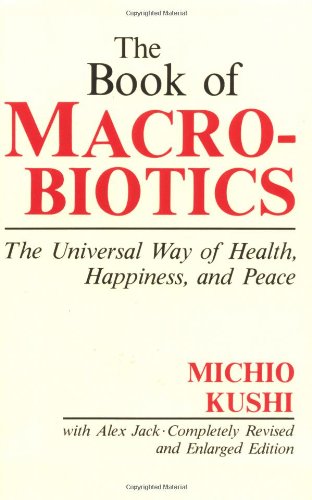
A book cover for The Book of Macrobiotics: The Universal Way of Health, Happiness and Peace; Michio Kushi; Health, Fitness & Dieting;